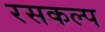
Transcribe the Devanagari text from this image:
रसकल्प